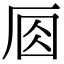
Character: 𠩛